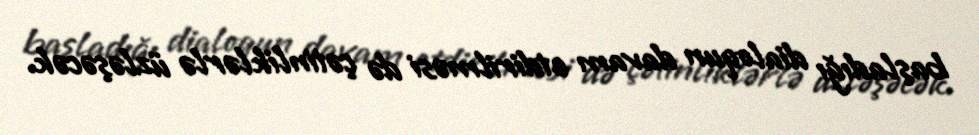
başladığı dialoqun davam etdirilməsi də çətinliklərlə üzləşəcək.